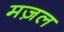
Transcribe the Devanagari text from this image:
मज़ल